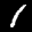
Label: 1